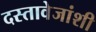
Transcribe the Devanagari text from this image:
दस्तावेजांशी